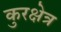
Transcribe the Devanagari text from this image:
कुरक्षेत्र